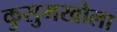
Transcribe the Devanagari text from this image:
कुसुमखोला